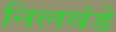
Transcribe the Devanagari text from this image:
निलवंडे